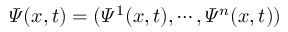
\varPsi ( x , t ) = ( \varPsi ^ { 1 } ( x , t ) , \cdots , \varPsi ^ { n } ( x , t ) )